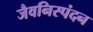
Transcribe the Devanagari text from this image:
जैवनिस्पंदन